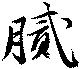
膩